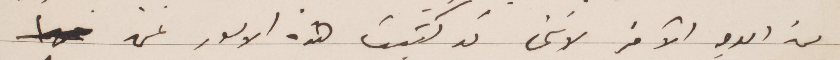
من الوجه الأخر لانني قد كتبت هذه الأمور لمن